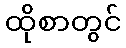
ထိုစာတွင်